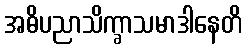
အဓိပညာသိက္ခာသမာဒါနေတိ